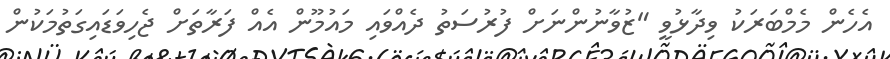
އެހެން މެމްބަރަކު ވިދާޅުވީ "ޒުވާނުންނަށް ފުރުސަތު ދެއްވައި މައުމޫން އެއް ފަރާތަށް ޖެހިވަޑައިގަތުމަކުން